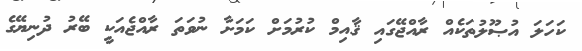
ކަހަލަ އުޞޫލުތަކެއް ރާއްޖޭގައި ޤާއިމް ކުރުމަށް ކަމަށާ ނުވަތަ ރާއްޖެއަކީ ބޭރު ދުނިޔޭގެ